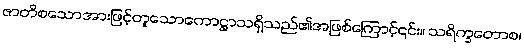
ဇာတိစသောအားဖြင့်တူသောကောဋ္ဌာသရှိသည်၏အဖြစ်ကြောင့်၎င်း။ သရိက္ခတောစ၊